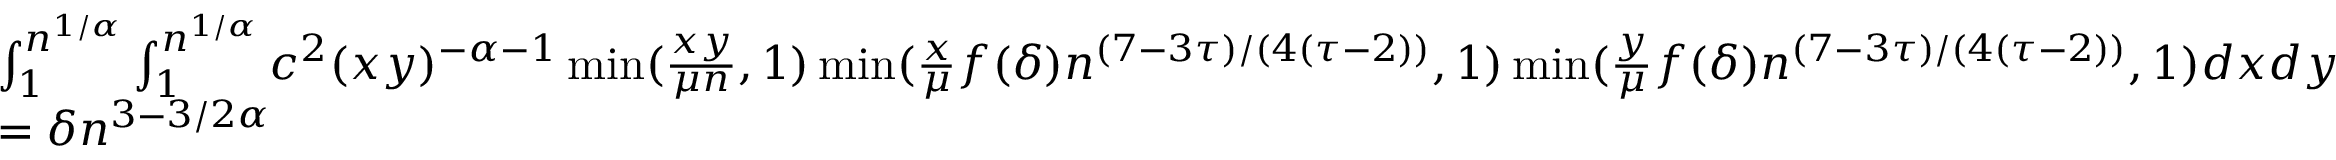
\begin{array} { r l } & { \int _ { 1 } ^ { n ^ { 1 / \alpha } } \int _ { 1 } ^ { n ^ { 1 / \alpha } } c ^ { 2 } ( x y ) ^ { - \alpha - 1 } \operatorname* { m i n } ( \frac { x y } { \mu n } , 1 ) \operatorname* { m i n } ( \frac { x } { \mu } f ( \delta ) n ^ { ( 7 - 3 \tau ) / ( 4 ( \tau - 2 ) ) } , 1 ) \operatorname* { m i n } ( \frac { y } { \mu } f ( \delta ) n ^ { ( 7 - 3 \tau ) / ( 4 ( \tau - 2 ) ) } , 1 ) d x d y } \\ & { = \delta n ^ { 3 - 3 / 2 \alpha } } \end{array}